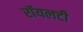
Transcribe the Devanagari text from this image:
रॉयलटी